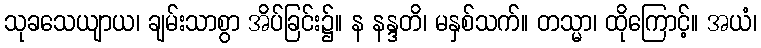
သုခသေယျာယ၊ ချမ်းသာစွာ အိပ်ခြင်း၌။ န နန္ဒတိ၊ မနှစ်သက်။ တသ္မာ၊ ထိုကြောင့်။ အယံ၊